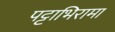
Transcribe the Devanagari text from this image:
पट्टाभिरामा